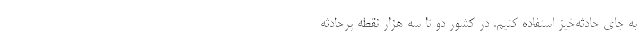
به جای حادثه‌خیز استفاده کنیم. در کشور دو تا سه هزار نقطه پرحادثه